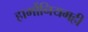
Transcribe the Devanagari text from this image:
हार्मोनियमही